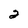
Character: 2